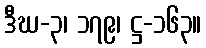
ဒီဃ-၃၊ ၁၇၉၊ ဋ္ဌ-၁၆၃။